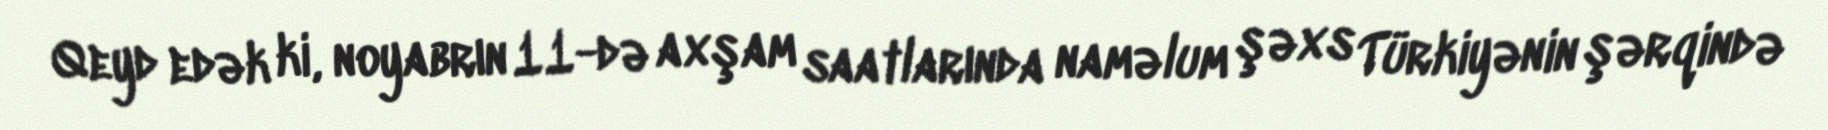
Qeyd edək ki, noyabrın 11-də axşam saatlarında naməlum şəxs Türkiyənin şərqində